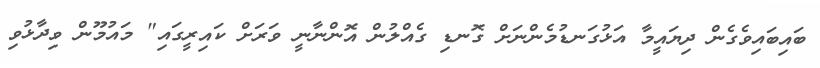
ބައިބައިވެގެން ދިޔައީމާ އަޅުގަނޑުމެންނަށް ގޮނޑި ގެއްލުން އޮންނާނީ ވަރަށް ކައިރީގައި" މައުމޫން ވިދާޅުވި